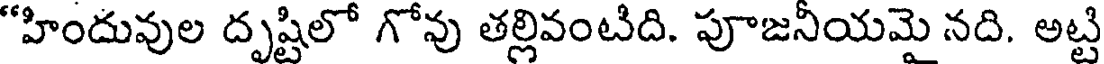
"హిందువుల దృష్టిలో గోవు తల్లివంటిది. పూజనీయమై నది. అట్టి